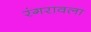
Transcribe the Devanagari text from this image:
रंगरावला